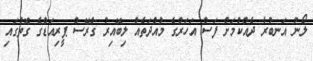
ލޯނު އަނބުރާ ދެއްކުމަށް ފަސް އަހަރުގެ މުއްދަތެއް ލިބޭއިރު ގްރޭސް ޕީރިއަޑްގެ ގޮތުގައި